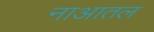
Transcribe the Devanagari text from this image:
नाआतल